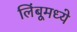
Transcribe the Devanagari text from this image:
लिंबूमध्ये